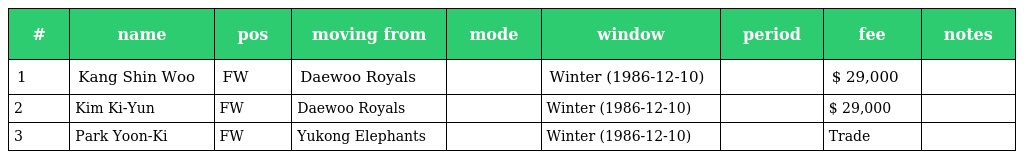
| # | name | pos | moving from | mode | window | period | fee | notes |
 | --- | --- | --- | --- | --- | --- | --- | --- | --- |
 | 1 | Kang Shin Woo | FW | Daewoo Royals |  | Winter (1986-12-10) |  | $ 29,000 |  |
 | 2 | Kim Ki-Yun | FW | Daewoo Royals |  | Winter (1986-12-10) |  | $ 29,000 |  |
 | 3 | Park Yoon-Ki | FW | Yukong Elephants |  | Winter (1986-12-10) |  | Trade |  |